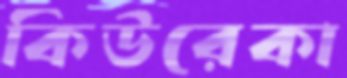
কিউরেকা